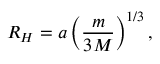
R _ { H } = a \left( { \frac { m } { 3 M } } \right) ^ { 1 / 3 } ,